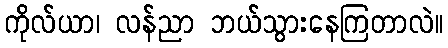
ကိုလ်ယာ၊ လန်ညာ ဘယ်သွားနေကြတာလဲ။